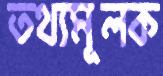
তথ্যমূলক